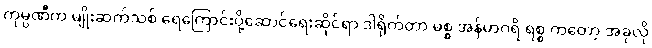
ကုမ္ပဏီက မျိုးဆက်သစ် ရေကြောင်းပို့ဆောင်ရေးဆိုင်ရာ ဒါရိုက်တာ မစ္စ အန်မာဂရိ ရစ္စ ကတော့ အခုလို